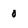
Character: 0